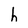
Character: h